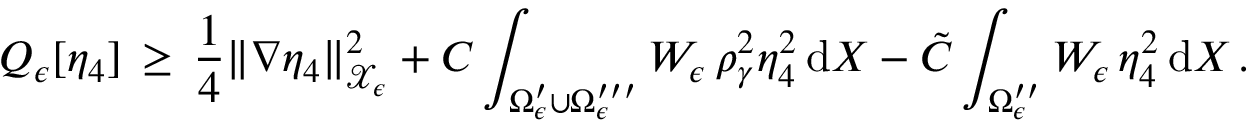
Q _ { \epsilon } [ \eta _ { 4 } ] \, \ge \, \frac 1 4 \| \nabla \eta _ { 4 } \| _ { \mathcal { X } _ { \epsilon } } ^ { 2 } + C \int _ { \Omega _ { \epsilon } ^ { \prime } \cup \Omega _ { \epsilon } ^ { \prime \prime \prime } } W _ { \epsilon } \, \rho _ { \gamma } ^ { 2 } \eta _ { 4 } ^ { 2 } \, \mathrm { d } X - \tilde { C } \int _ { \Omega _ { \epsilon } ^ { \prime \prime } } W _ { \epsilon } \, \eta _ { 4 } ^ { 2 } \, \mathrm { d } X \, .